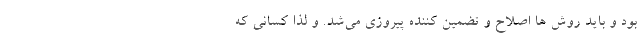
بود و باید روش ها اصلاح و تضمین کننده پیروزی می‌شد. و لذا کسانی که